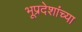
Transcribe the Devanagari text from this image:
भूप्रदेशांच्या